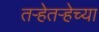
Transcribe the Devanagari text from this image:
तऱ्हेतऱ्हेच्या